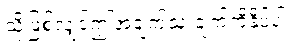
သို့ဖြစ်လျှင်ဤအချက်သုံးချက်ကိုနှိပ်ပါ။